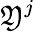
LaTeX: \mathfrak{Y}^{j}